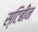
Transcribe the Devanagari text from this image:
स्टिबीन